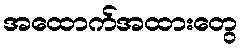
အထောက်အထားတွေ